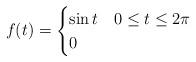
LaTeX: \begin{align*}f(t) = \begin{cases} \sin{t} & 0\leq t\leq 2\pi \\ 0 & \end{cases}\end{align*}